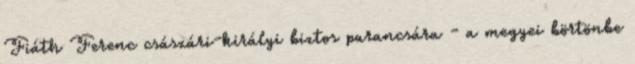
Fiáth Ferenc császári-királyi biztos parancsára - a megyei börtönbe